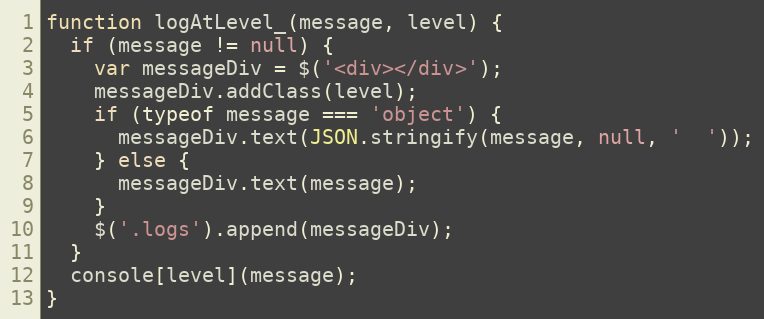
Language: JavaScript
function logAtLevel_(message, level) {
  if (message != null) {
    var messageDiv = $('<div></div>');
    messageDiv.addClass(level);
    if (typeof message === 'object') {
      messageDiv.text(JSON.stringify(message, null, '  '));
    } else {
      messageDiv.text(message);
    }
    $('.logs').append(messageDiv);
  }
  console[level](message);
}